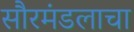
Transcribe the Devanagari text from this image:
सौरमंडलाचा